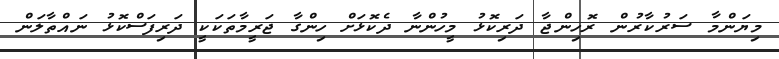
މިޔަންމާ ސަރުކާރުން ރޮހިންޖާ ދަރިކޮޅު މީހުންނާ ދެކޮޅަށް ހިންގާ ޖަރީމާތަކަކީ ދަރިފަސްކޮޅު ނައްތާލަން